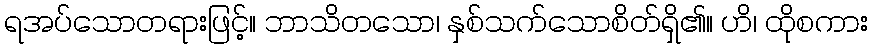
ရအပ်သောတရားဖြင့်။ ဘာသိတသော၊ နှစ်သက်သောစိတ်ရှိ၏။ ဟိ၊ ထိုစကား